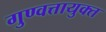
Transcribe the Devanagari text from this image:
गुण्वत्तायुक्त